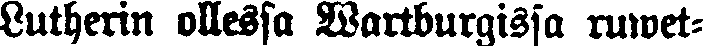
Lutherin ollessa Wartburgissa ruwet-